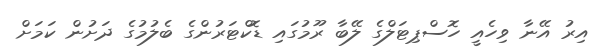
އިރު އޭނާ ވިހެއީ ހޮސްޕިޓަލްގެ ލޭބާ ރޫމުގައި ޑޮކްޓަރުންގެ ބެލުމުގެ ދަށުން ކަމަށް